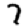
Digit: 7